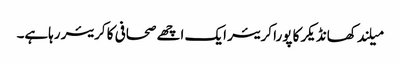
میلند کھانڈیکر کا پورا کریئر ایک اچھے صحافی کا کریئر رہاہے۔